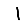
Digit: 1